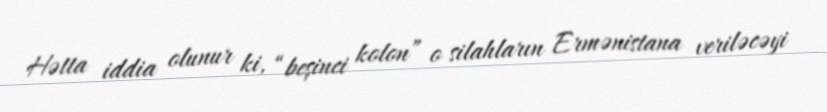
Hətta iddia olunur ki, “beşinci kolon” o silahların Ermənistana veriləcəyi